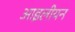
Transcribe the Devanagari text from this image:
आइलीयन